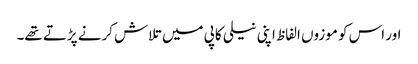
اور اس کو موزوں الفاظ اپنی نیلی کاپی میں تلاش کرنے پڑتے تھے۔